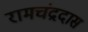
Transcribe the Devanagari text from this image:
रामचंद्रदास